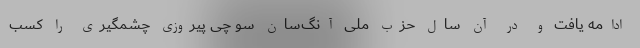
ادامه یافت و در آن سال حزب ملی آنگ‌سان سو چی پیروزی چشمگیری را کسب